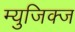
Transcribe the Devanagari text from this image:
म्युजिक्ज